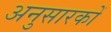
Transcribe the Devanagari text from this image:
अनुसारकों